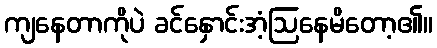
ကျနေတာကိုပဲ ခင်နှောင်းအံ့ဩနေမိတော့၏။